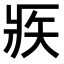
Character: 𤕺